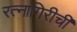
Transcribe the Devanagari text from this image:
रत्‍नागिरीची